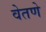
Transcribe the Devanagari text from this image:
वेतणे